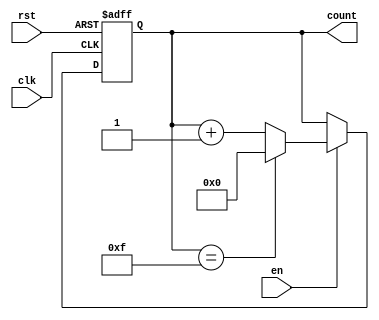
module multi_bit_counter #(
    parameter N = 4 // Parameter for the number of bits (default is 4)
) (
    input wire clk,      // Clock signal
    input wire rst,      // Reset signal (active high)
    input wire en,       // Enable signal
    output reg [N-1:0] count // N-bit output count
);

    // Maximum value for the counter
    localparam MAX_COUNT = (1 << N) - 1; // 2^N - 1

    // Always block for counter operation
    always @(posedge clk or posedge rst) begin
        if (rst) begin
            count <= 0; // Reset the counter to 0
        end else if (en) begin
            if (count == MAX_COUNT) begin
                count <= 0; // Wrap around to 0
            end else begin
                count <= count + 1; // Increment the counter
            end
        end
    end

endmodule